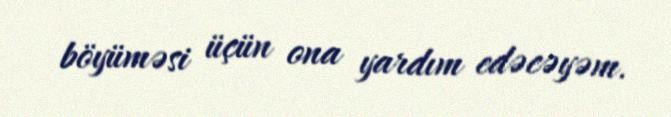
böyüməsi üçün ona yardım edəcəyəm.